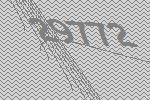
29772